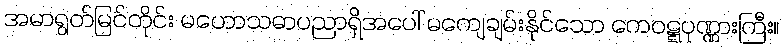
အမာရွတ်မြင်တိုင်း မဟောသဓာပညာရှိအပေါ် မကျေချမ်းနိုင်သော ကေဝဋ္ဋပုဏ္ဏားကြီး။